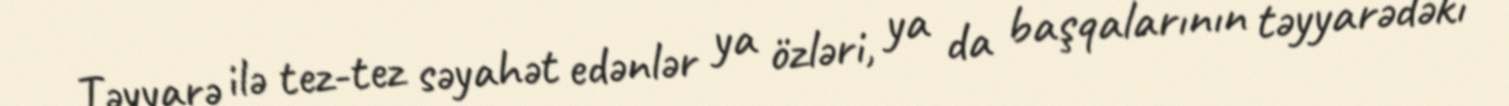
Təyyarə ilə tez-tez səyahət edənlər ya özləri, ya da başqalarının təyyarədəki